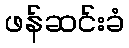
ဖန်ဆင်းခံ